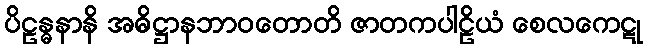
ပိဠန္ဓနာနိ အဓိဋ္ဌာနဘာဝတောတိ ဇာတကပါဠိယံ စေလကေဋု